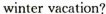
winter vacation?